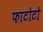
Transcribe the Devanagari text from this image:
फाटोटो